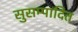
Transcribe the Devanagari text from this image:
सुसम्पादित